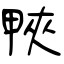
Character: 𤲍